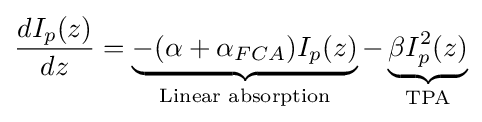
{\frac {dI_{p}(z)}{dz}}=\underbrace {-(\alpha +\alpha _{FCA})I_{p}(z)} _{\text{Linear  absorption}}-\underbrace {\beta I_{p}^{2}(z)} _{\text{TPA}}